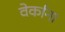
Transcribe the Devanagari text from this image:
वेर्काना